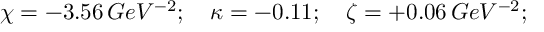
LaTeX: \chi = - 3 . 5 6 \, G e V ^ { - 2 } ; \quad \kappa = - 0 . 1 1 ; \quad \zeta = + 0 . 0 6 \, G e V ^ { - 2 } ;